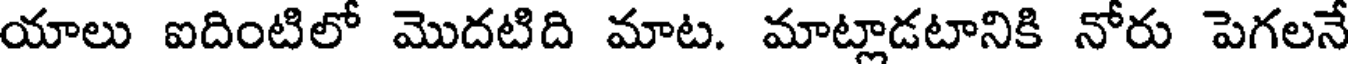
యాలు ఐదింటిలో మొదటిది మాట. మాట్లాడటానికి నోరు పెగలనే